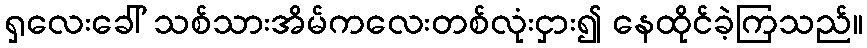
ရှလေးခေါ် သစ်သားအိမ်ကလေးတစ်လုံးငှား၍ နေထိုင်ခဲ့ကြသည်။